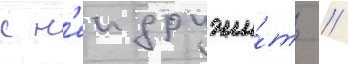
с н'еи дружи́ть //